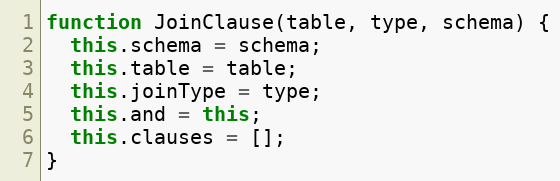
Language: JavaScript
function JoinClause(table, type, schema) {
  this.schema = schema;
  this.table = table;
  this.joinType = type;
  this.and = this;
  this.clauses = [];
}